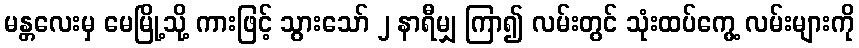
မန္တလေးမှ မေမြို့သို့ ကားဖြင့် သွားသော် ၂ နာရီမျှ ကြာ၍ လမ်းတွင် သုံးထပ်ကွေ့ လမ်းများကို